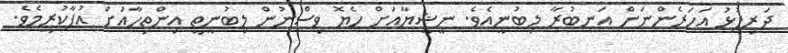
ދަރިފުޅު އަހަރެންނަށް އަނބުރާ ލިބުނީއެވެ. ނީޝީޔާއަށް ހެޔޮ ވިސްނުން ލިބުނީތީ އިންތިހާއަށް އުފާކުރީމެވެ.